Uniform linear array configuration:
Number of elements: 8
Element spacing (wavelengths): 0.5
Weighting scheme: hamming
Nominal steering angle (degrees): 15
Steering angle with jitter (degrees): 14.201
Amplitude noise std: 0.05
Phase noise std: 0.05

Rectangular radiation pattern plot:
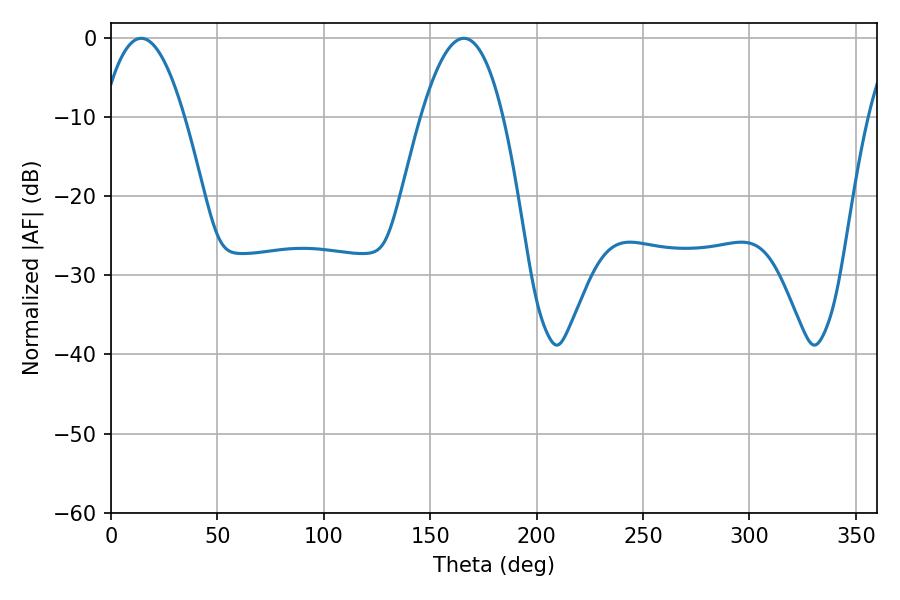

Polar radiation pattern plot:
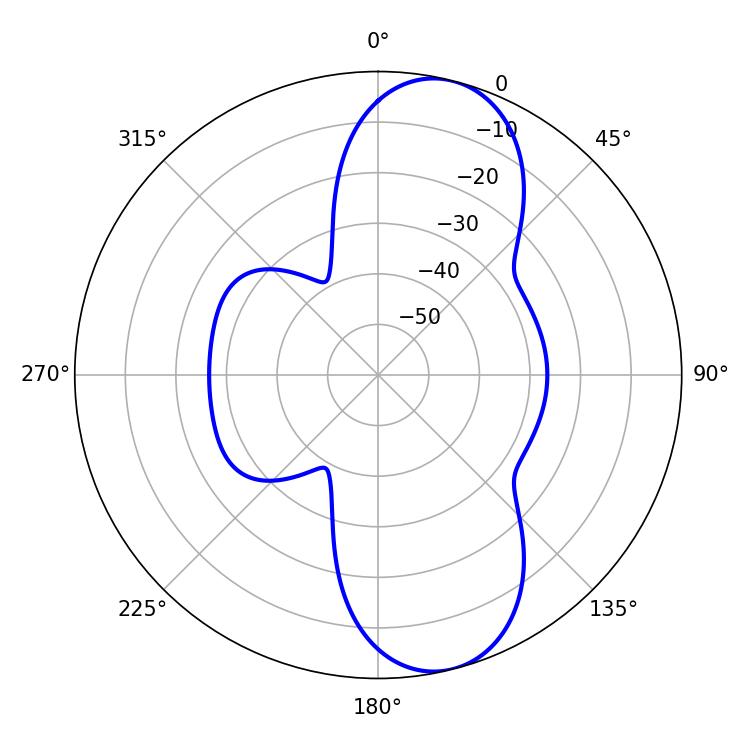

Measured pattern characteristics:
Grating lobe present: FALSE
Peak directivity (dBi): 9.991
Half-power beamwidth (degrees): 21.06
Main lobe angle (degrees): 14.22